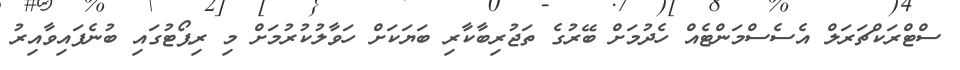
ސްޓްރަކްޗަރަލް އެސެސްމަންޓެއް ހެދުމަށް ބޭރުގެ ތަޖުރިބާކާރި ބަޔަކަށް ހަވާލުކުރުމަށް މި ރިޕޯޓުގައި ބުނެފައިވާއިރު